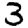
Digit: 3